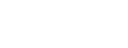
ဂျကာတာမြို့၌